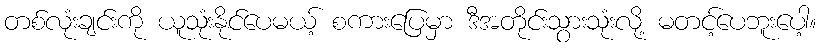
တစ်လုံးချင်းကို ယူသုံးနိုင်ပေမယ့် စကားပြေမှာ ဒီအတိုင်းသွားသုံးလို့ မတင့်ပေဘူးပေါ့။